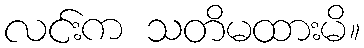
လင်းက သတိမထားမိ။